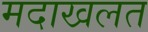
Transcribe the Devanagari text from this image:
मदाखलत